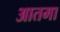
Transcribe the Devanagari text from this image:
आतमा